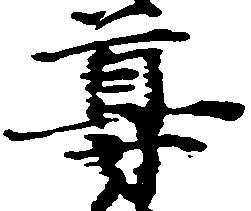
尊